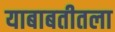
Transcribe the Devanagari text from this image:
याबाबतीतला